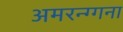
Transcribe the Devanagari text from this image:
अमरन्ग्गना